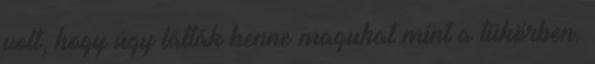
volt, hogy úgy látták benne magukat mint a tükörben.